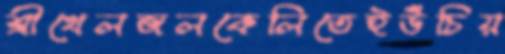
শ্রীখেলজলকেলিতেইউঁচিয়